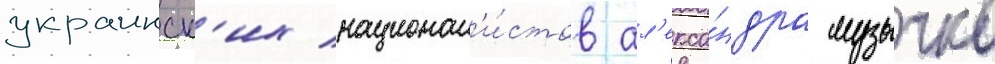
украинск'их национал'и́стов ал'екса́ндра музычко